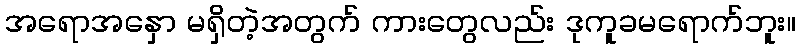
အရောအနှော မရှိတဲ့အတွက် ကားတွေလည်း ဒုကူခမရောက်ဘူး။